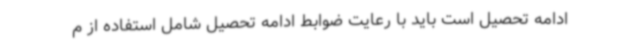
ادامه تحصیل است باید با رعایت ضوابط ادامه تحصیل شامل استفاده از م